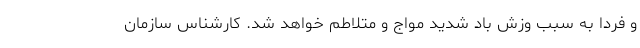
و فردا به سبب وزش باد شدید مواج و متلاطم خواهد شد. کارشناس سازمان